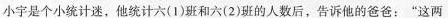
小宇是个小统计迷，他统计六(1)班和六(2)班的人数后，告诉他的爸爸：”这两